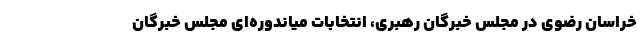
خراسان رضوی در مجلس خبرگان رهبری، انتخابات میاندوره‌ای مجلس خبرگان